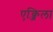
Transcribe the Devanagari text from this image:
एक्जिला